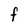
Character: F